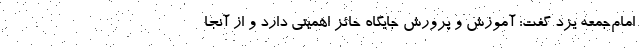
امام‌جمعه یزد گفت: آموزش و پرورش جایگاه حائز اهمیتی دارد و از آنجا